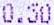
0.50